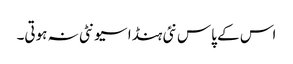
اس کے پاس نئی ہنڈا سیونٹی نہ ہوتی۔